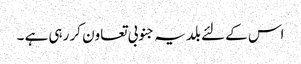
اس کے لئے بلدیہ جنوبی تعاون کر رہی ہے ۔